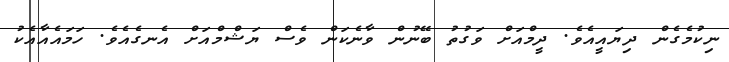
ނިކުމެގެން ދިޔައީއެވެ. ދީމްއަށް ވަގުތު ބޭނުން ވާނެކަން ވެސް ޔަޝްމްއަށް އެނގެއެވެ. ހަމައެއާއެކު